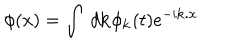
\phi ( x ) = \int ~ d { \bf k } \phi _ { { \bf k } } ( t ) e ^ { - i { \bf k } . { \bf x } }